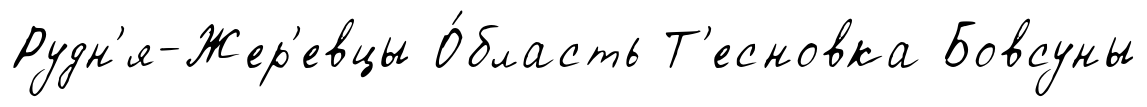
Рудн'я-Жер'евцы О́бласть Т'есновка Бовсуны